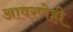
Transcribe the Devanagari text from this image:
आवरणेही